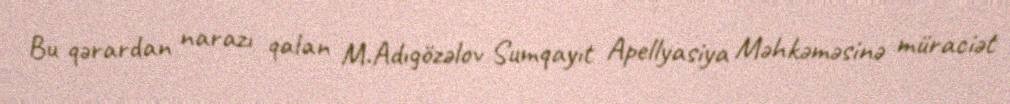
Bu qərardan narazı qalan M.Adıgözəlov Sumqayıt Apellyasiya Məhkəməsinə müraciət